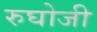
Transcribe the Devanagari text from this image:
रुघोजी